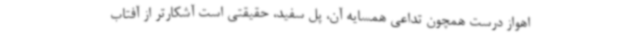
اهواز درست همچون تداعی همسایه آن، پل سفید، حقیقتی است آشکارتر از آفتاب